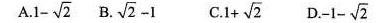
A. .1-\sqrt{2} B. \sqrt{2}-1 C. 1+ \sqrt{2} D.-1- \sqrt{2}